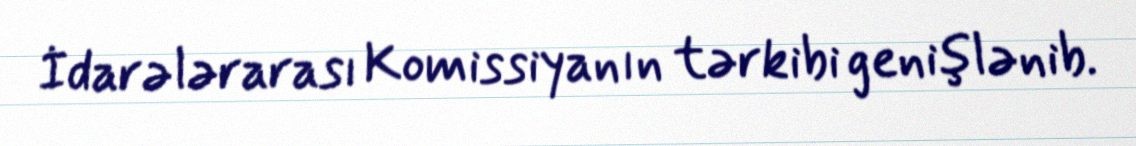
İdarələrarası Komissiyanın tərkibi genişlənib.